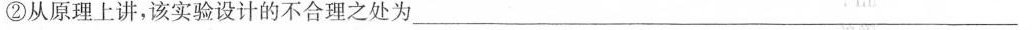
②从原理上讲，该实验设计的不合理之处为________________________